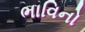
ભાવિનો